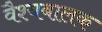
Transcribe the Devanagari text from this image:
वैश्यबालक